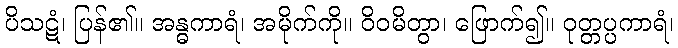
ပိသဋံ၊ ပြန်၏။ အန္ဓကာရံ၊ အမိုက်ကို။ ဝိဝမိတွာ၊ ဖြောက်၍။ ဝုတ္တပ္ပကာရံ၊